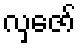
လှဇော်